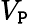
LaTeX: V_{\mathtt{P}}